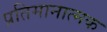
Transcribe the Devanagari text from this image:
प्रतिमानात्मक